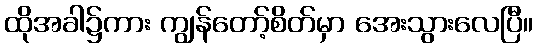
ထိုအခါ၌ကား ကျွန်တော့်စိတ်မှာ အေးသွားလေပြီ။